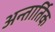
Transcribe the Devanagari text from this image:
अन्तार्तिक